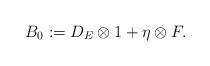
LaTeX: \begin{align*}B_0:=D_E \otimes 1+ \eta \otimes F.\end{align*}